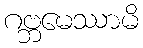
ဂဗ္ဘမေဿာမိ